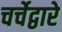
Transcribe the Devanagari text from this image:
चर्चेद्वारे